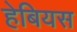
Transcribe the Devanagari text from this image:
हेबियस